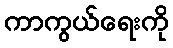
ကာကွယ်ရေးကို